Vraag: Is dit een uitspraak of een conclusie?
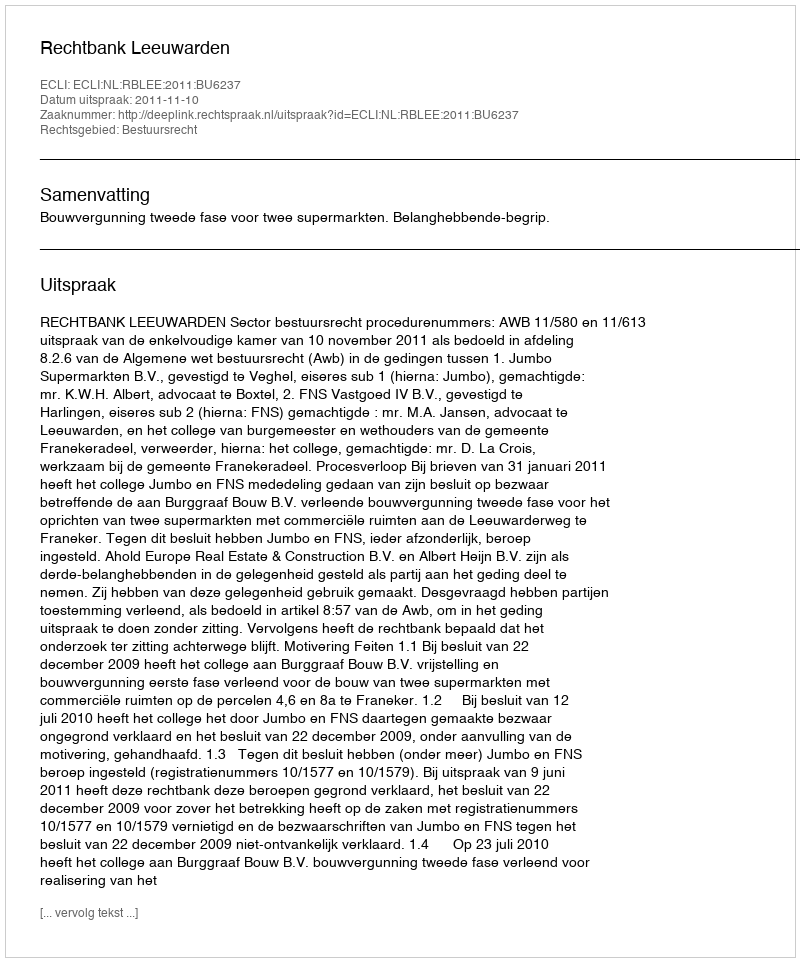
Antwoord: Uitspraak